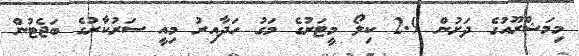
މިމަޝްރޫއުގެ ދަށުން 2.9 ކިލޯ މީޓަރުގެ މަގު ހަދާއިރު މިއީ ސަރުކާރުގެ ބަޖެޓުން